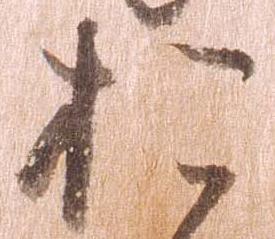
お